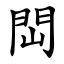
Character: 閊